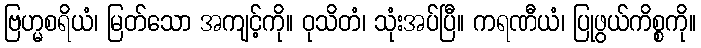
ဗြဟ္မစရိယံ၊ မြတ်သော အကျင့်ကို။ ဝုသိတံ၊ သုံးအပ်ပြီ။ ကရဏီယံ၊ ပြုဖွယ်ကိစ္စကို။